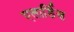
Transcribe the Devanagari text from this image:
एलार्डिस